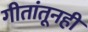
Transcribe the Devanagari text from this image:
गीतांतूनही